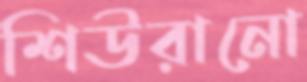
শিউরানো